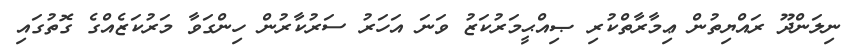
ނިލަންދޫ ރައްޔިތުން ޢިމާރާތްކުރި ޞިއްޙީމަރުކަޒު ވަނަ އަހަރު ސަރުކާރުން ހިންގަވާ މަރުކަޒެއްގެ ގޮތުގައި